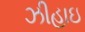
ઝીહાઇ